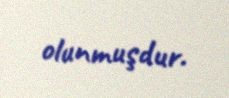
olunmuşdur.